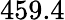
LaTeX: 459.4